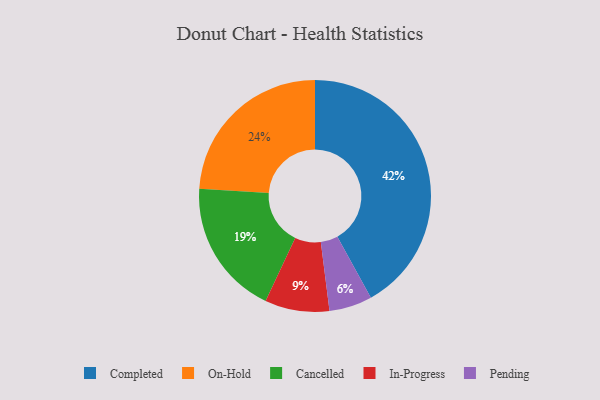
{"axis": {"x": "Category", "y": "Percentage"}, "legend": ["Cancelled", "Completed", "In-Progress", "On-Hold", "Pending"], "data": [{"x": "Pending", "y": 6, "type": "Pending"}, {"x": "On-Hold", "y": 24, "type": "On-Hold"}, {"x": "Completed", "y": 42, "type": "Completed"}, {"x": "In-Progress", "y": 9, "type": "In-Progress"}, {"x": "Cancelled", "y": 19, "type": "Cancelled"}]}